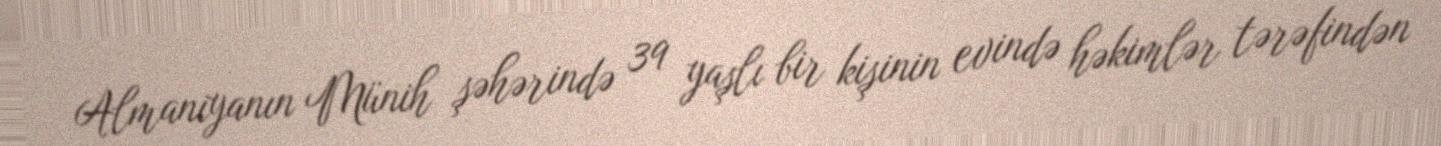
Almaniyanın Münih şəhərində 39 yaşlı bir kişinin evində həkimlər tərəfindən